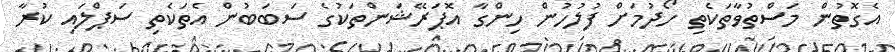
އެގޮތުން މަސްތުވާތަކެތި ހޯދުމަށް ފުލުހުން ހިންގާ އޮޕަރޭޝަންތަކުގެ ސަބަބުން އެތަކެތި ސަޕްލައި ކުރާ